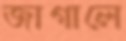
জাগালে